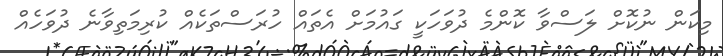
މިކަން ނުކޮށް ލަސްވާ ކޮންމެ ދުވަހަކީ ގައުމަށް އެތައް ހުރަސްތަކެއް ކުރިމަތިވާނެ ދުވަހެއް